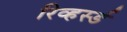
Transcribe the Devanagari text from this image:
रिव्हर्स्ड